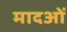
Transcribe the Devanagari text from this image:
मादओं